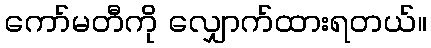
ကော်မတီကို လျှောက်ထားရတယ်။